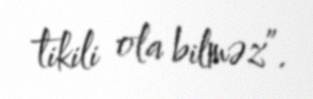
tikili ola bilməz”.